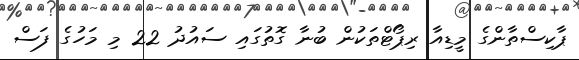
ޕާކިސްތާންގެ މީޑިއާ ރިޕޯޓްތަކުން ބުނާ ގޮތުގައި ސައުދު 22 މި މަހުގެ ފަސް